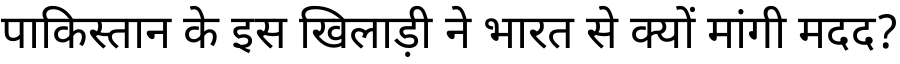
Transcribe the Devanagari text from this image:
पाकिस्तान के इस खिलाड़ी ने भारत से क्यों मांगी मदद?